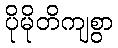
ပိုမိုတိကျစွာ